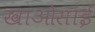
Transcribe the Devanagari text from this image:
खाओसाई